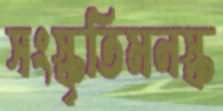
সংস্কৃতিমনস্ক